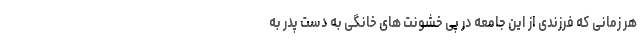
هر زمانی که فرزندی از این جامعه در پی خشونت های خانگی به دست پدر به